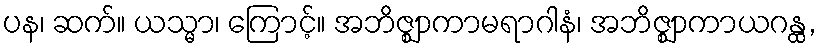
ပန၊ ဆက်။ ယသ္မာ၊ ကြောင့်။ အဘိဇ္ဈာကာမရာဂါနံ၊ အဘိဇ္ဈာကာယဂန္ထ,